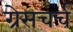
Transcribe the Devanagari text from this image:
ग्रेसचर्च